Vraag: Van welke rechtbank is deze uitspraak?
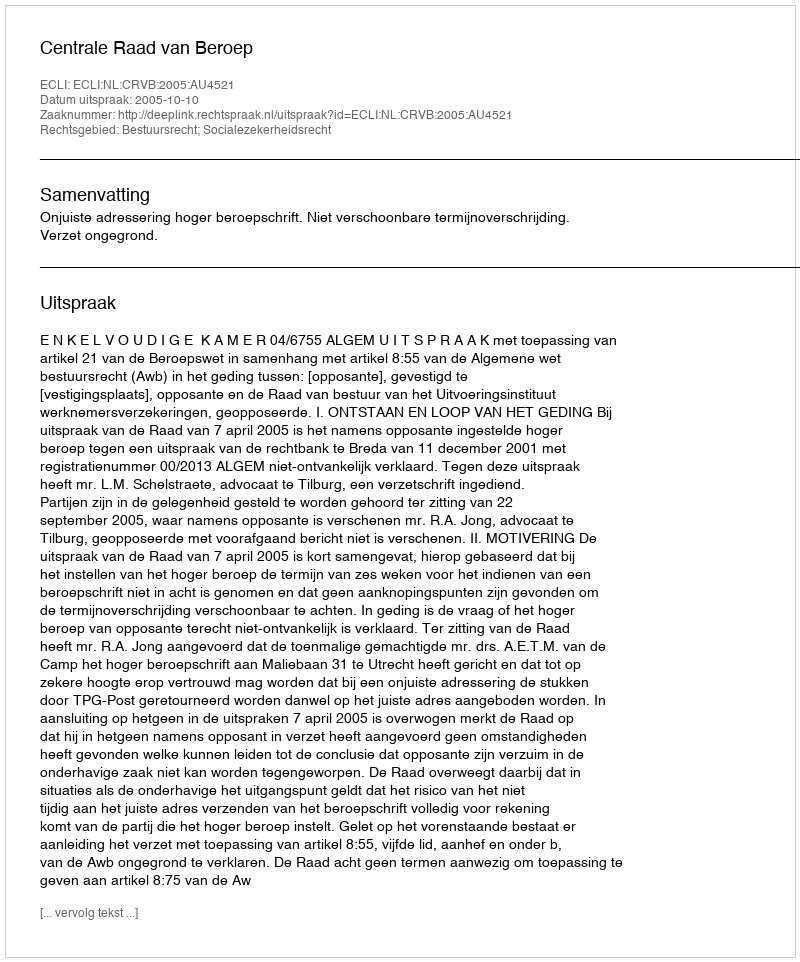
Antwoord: Centrale Raad van Beroep